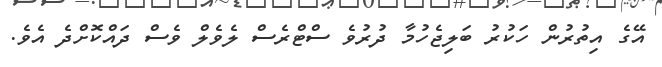
އޭގެ އިތުރުން ހަކުރު ބަލިޖެހުމާ ދުރުވެ ސްޓްރެސް ލެވެލް ވެސް ދައްކޮށްދެ އެވެ.